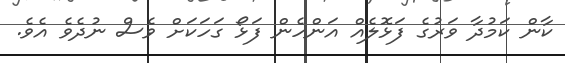
ކާން ކަމުދާ ވަރުގެ ފަޅޮލެއް އަންހެން ފަޅޯ ގަހަކަށް ވެސް ނުދެވެ އެވެ.